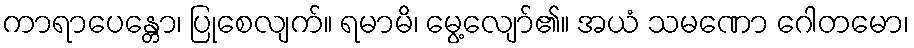
ကာရာပေန္တော၊ ပြုစေလျက်။ ရမာမိ၊ မွေ့လျော်၏။ အယံ သမဏော ဂေါတမော၊